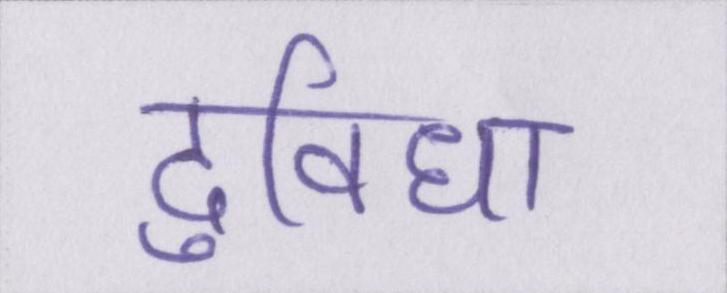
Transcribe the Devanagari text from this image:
दुविधा